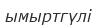
ымыртгүлі